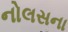
નોલસના